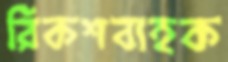
রিকশবাহক